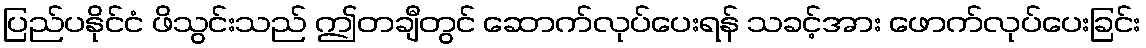
ပြည်ပနိုင်ငံ ဖိသွင်းသည် ဤတချီတွင် ဆောက်လုပ်ပေးရန် သခင့်အား ဖောက်လုပ်ပေးခြင်း